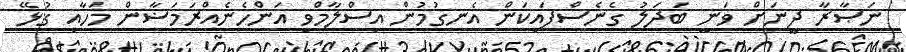
ނަޞާރާ ދީނަށް ވަނީ ބަދަލު ގެނެސްފައިކަން އެނގުމުން އިސްލާމްވި އަންހެނެއްރަމަޟާން މަހާއި ގުޅޭ